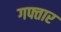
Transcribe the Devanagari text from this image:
गफ्तार